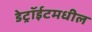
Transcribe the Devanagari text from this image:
डेट्रॉईटमधील